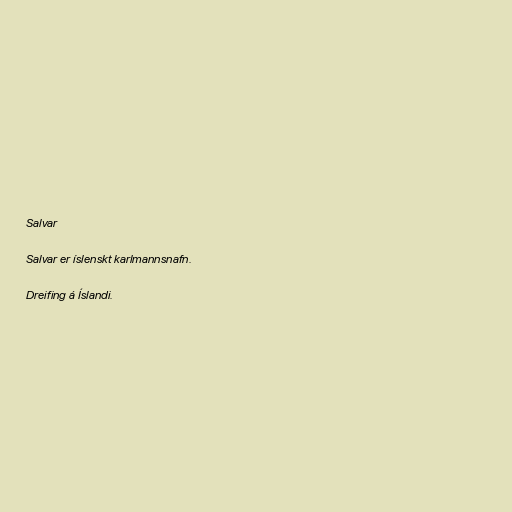
Salvar

Salvar er íslenskt karlmannsnafn.

Dreifing á Íslandi.